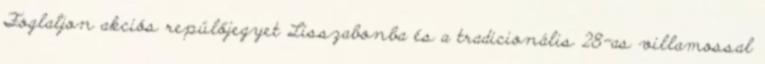
Foglaljon akciós repülőjegyet Lisszabonba és a tradicionális 28-as villamossal